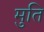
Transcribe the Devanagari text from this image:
मुति